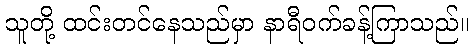
သူတို့ ထင်းတင်နေသည်မှာ နာရီဝက်ခန့်ကြာသည်။